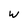
Character: W